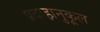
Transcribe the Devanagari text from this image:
प्रदाहानुकूल